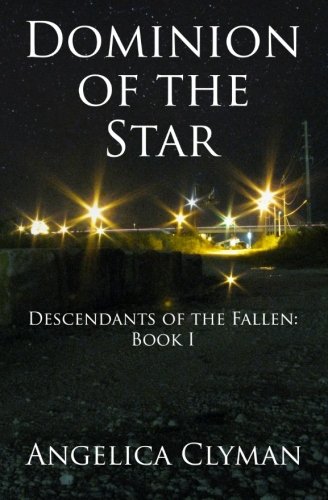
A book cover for Dominion of the Star; Angelica Clyman; Science Fiction & Fantasy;